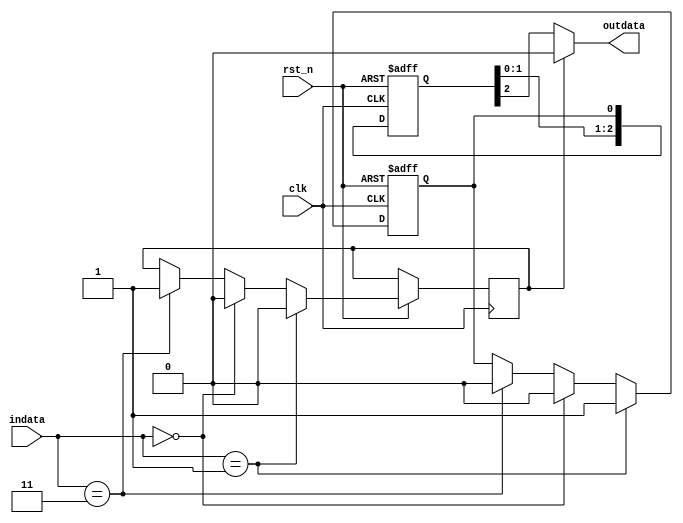
module delvb(rst_n, indata, outdata,clk);

input rst_n,clk;
input [1:0]indata;
output outdata;
reg [3:0]buffer;
reg bufferdata;
reg counterv;

always@(posedge clk or negedge rst_n)
begin// buffer
if (!rst_n) begin
    buffer[3]<=0;
    buffer[2]<=0;
    buffer[1]<=0;
    buffer[0]<=0;
end
else begin
    buffer[3]<=buffer[2];
    buffer[2]<=buffer[1];
    buffer[1]<=buffer[0];
    buffer[0]<=bufferdata;
end
end


always @(posedge clk or negedge rst_n) begin
    // 
    if(!rst_n) bufferdata <= 0;
    else begin
        if(indata==2'b01) begin
        // 011
            counterv <= 0;
            bufferdata<=1;
        end
        else if(indata==2'b00) begin
        // 000
            counterv <= 0;
            bufferdata<=0;
        end
        else if(indata==2'b11) begin
        // 11Vcounterv1
            counterv <= 1;
            bufferdata<=0;
        end
    end
end

assign outdata = (counterv == 1)  ? 0 : buffer[2];

endmodule